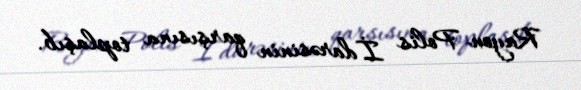
Rayon Polis İdarəsinin qarşısına toplaşıb.